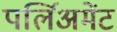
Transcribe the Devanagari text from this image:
पर्लिअमेंट